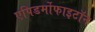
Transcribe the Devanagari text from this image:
एपिडर्मोफाइटॉन